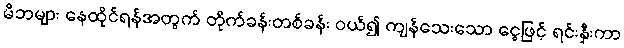
မိဘများ နေထိုင်ရန်အတွက် တိုက်ခန်းတစ်ခန်း ဝယ်၍ ကျန်သေးသော ငွေဖြင့် ရင်းနှီးကာ